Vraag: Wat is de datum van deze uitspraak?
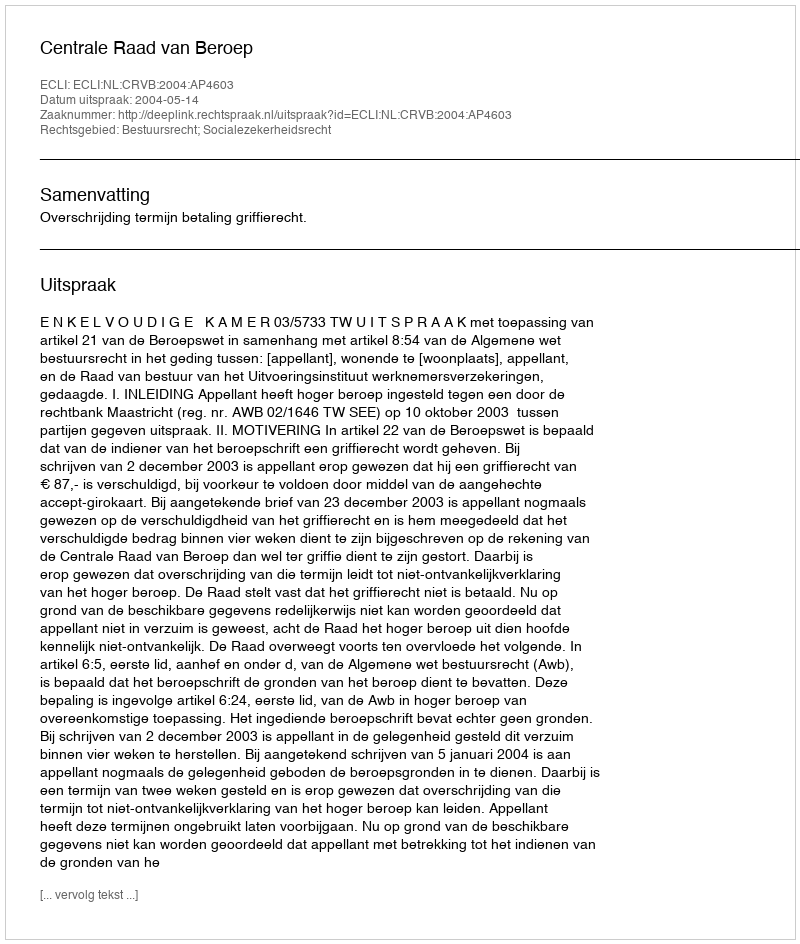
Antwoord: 2004-05-14